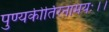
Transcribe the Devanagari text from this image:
पुण्यकीर्तिरनामयः।।